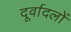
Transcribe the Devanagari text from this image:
दूर्वादलों